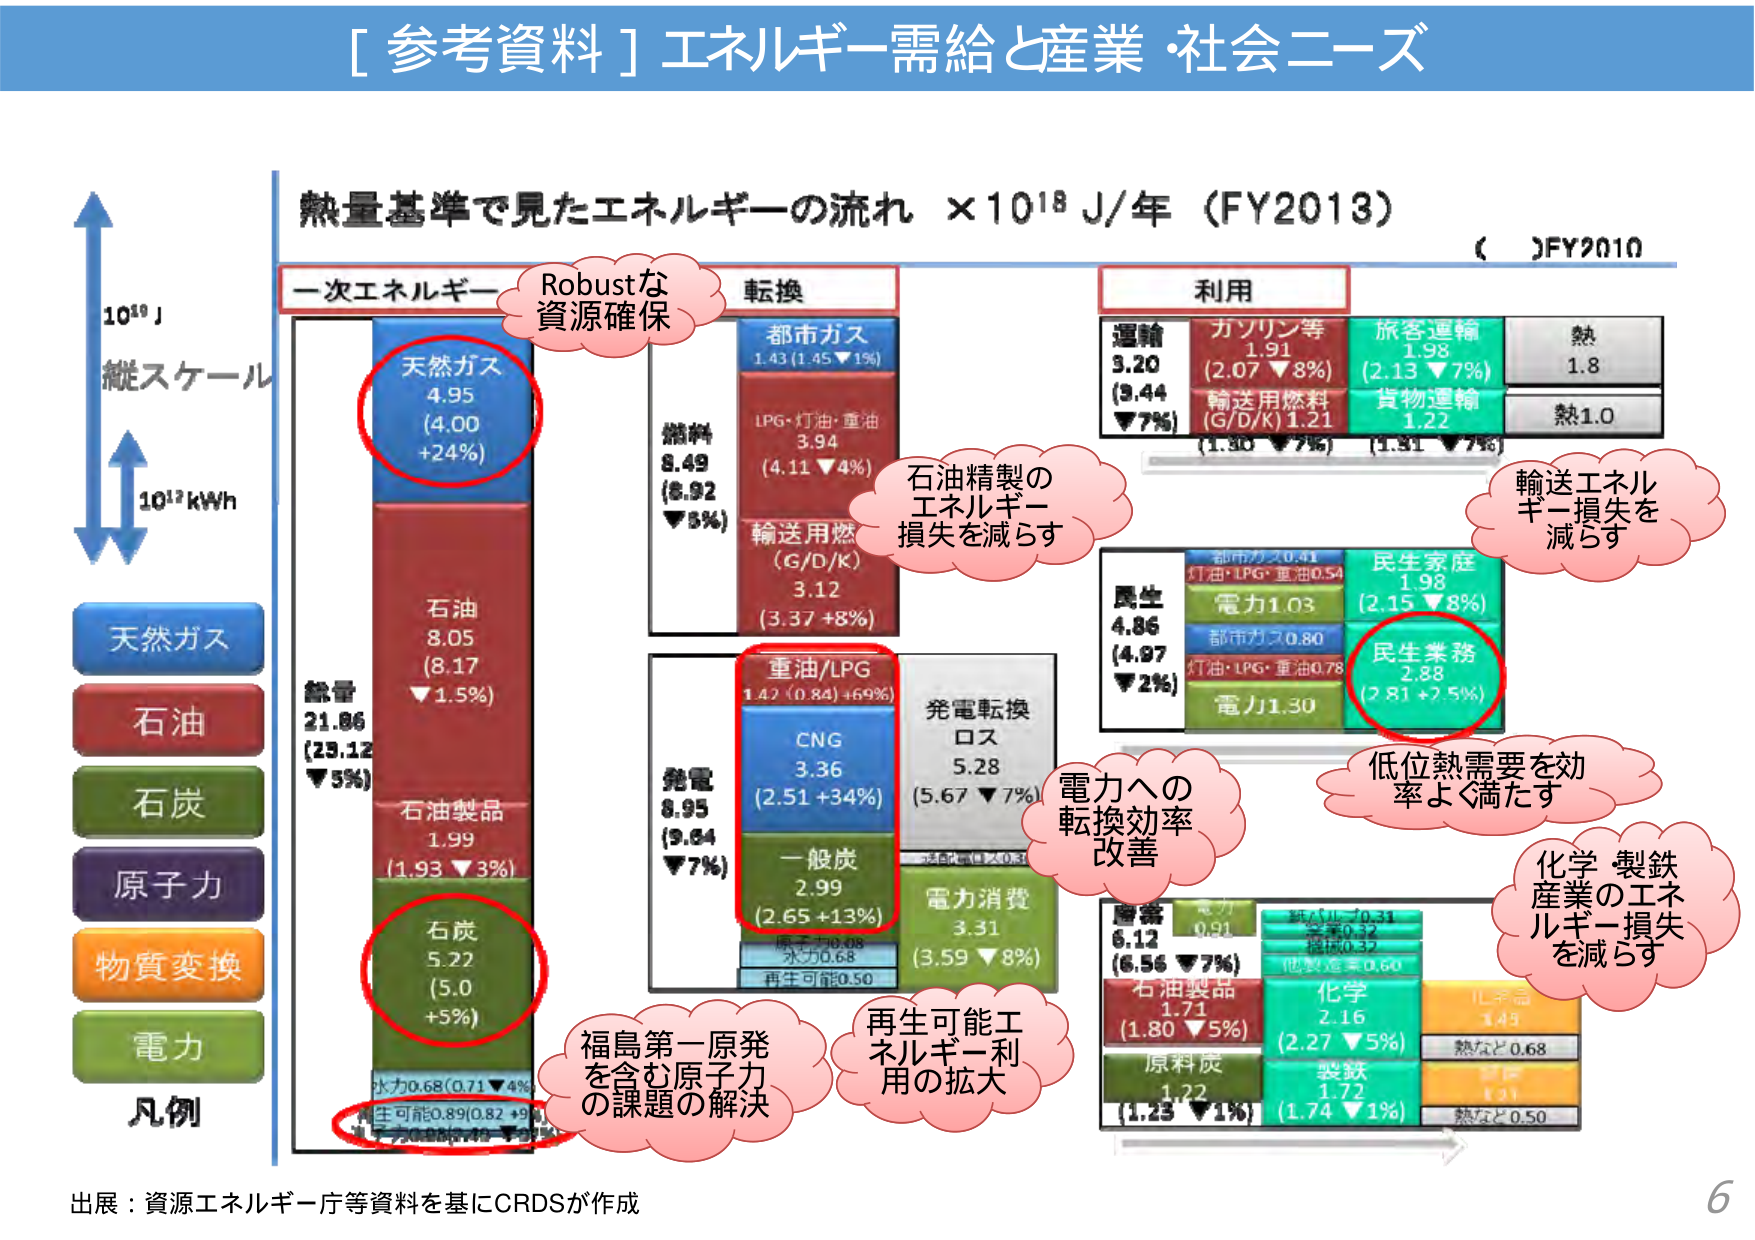
[ 参考資料 ] エネルギー需給と産業・社会ニーズ

熱量基準で見たエネルギーの流れ ×10¹⁸ J/年 (FY2013)
( )FY2010

縦スケール
10¹⁸ J
10¹² kWh

凡例
天然ガス
石油
石炭
原子力
物質変換
電力

一次エネルギー
天然ガス
4.95
(4.00 +24%)
石油
8.05
(8.17 ▼1.5%)
石油製品
1.99
(1.93 ▼3%)
石炭
5.22
(5.0 +5%)
原子力
0.68 (0.71 ▼4%)
再生可能
0.89 (0.82 +9%)
その他
0.78 (0.78 ▼0%)

総量
21.86
(23.12 ▼5%)

転換
燃料
8.49
(8.92 ▼5%)
都市ガス
1.43 (1.45 ▼1%)
LPG・灯油・重油
3.94
(4.11 ▼4%)
輸送用燃 (G/D/K)
3.12
(3.37 +8%)
発電
8.95
(9.84 ▼7%)
重油/LPG
1.42 (0.84 +69%)
CNG
3.36
(2.51 +34%)
一般炭
2.99
(2.65 +13%)
原子力0.68
水力0.68
再生可能0.50

発電転換ロス
5.28
(5.67 ▼7%)
電力消費
3.31
(3.59 ▼8%)

利用
運輸
3.20
(3.44 ▼7%)
ガソリン等
1.91
(2.07 ▼8%)
輸送用燃料 (G/D/K)
1.21
(1.30 ▼7%)
旅客運輸
1.98
(2.13 ▼7%)
貨物運輸
1.22
(1.31 ▼7%)
熱
1.8
熱1.0

民生
4.86
(4.97 ▼2%)
都市ガス0.81
灯油・LPG・重油0.54
電力1.03
都市ガス0.80
灯油・LPG・重油0.78
電力1.30
民生家庭
1.98
(2.15 ▼8%)
民生業務
2.88
(2.81 +2.5%)

産業
6.12
(6.56 ▼7%)
電力
0.94
紙パルプ0.34
金属0.32
機械0.37
他製造業0.60
石油製品
1.71
(1.80 ▼5%)
原料炭
1.22
(1.23 ▼1%)
化学
2.16
(2.27 ▼5%)
製鉄
1.72
(1.74 ▼1%)
熱など0.68
熱など0.50

Robustな
資源確保

石油精製の
エネルギー
損失を減らす

輸送エネルギー損失を
減らす

電力への
転換効率
改善

低位熱需要を効
率よく満たす

化学・製鉄
産業のエネ
ルギー損失
を減らす

福島第一原発
を含む原子力
の課題の解決

再生可能エネ
ルギー利用の拡大

出展：資源エネルギー庁等資料を基にCRDSが作成

6